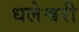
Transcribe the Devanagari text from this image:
धलेश्वरी